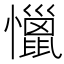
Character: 𰒞